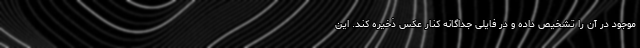
موجود در آن را تشخیص داده و در فایلی جداگانه کنار عکس ذخیره کند. این